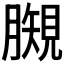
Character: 𧡯